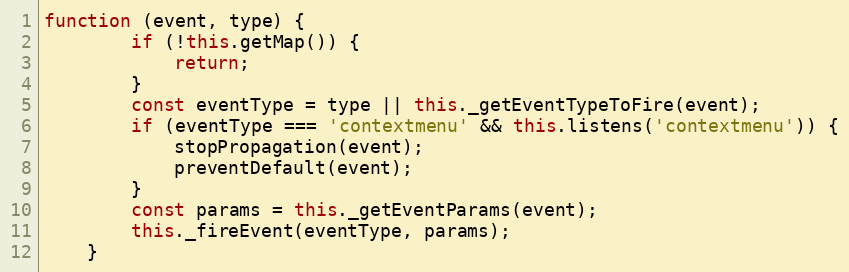
Language: JavaScript
function (event, type) {
        if (!this.getMap()) {
            return;
        }
        const eventType = type || this._getEventTypeToFire(event);
        if (eventType === 'contextmenu' && this.listens('contextmenu')) {
            stopPropagation(event);
            preventDefault(event);
        }
        const params = this._getEventParams(event);
        this._fireEvent(eventType, params);
    }